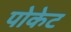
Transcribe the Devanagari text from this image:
पोकेट